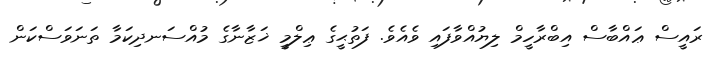
ރައީސް ޢައްބާސް އިބްރާހީމް ލިޔުއްވާފައި ވެއެވެ. ފަތުޙީގެ ޢިލްމީ ޚަޒާނާގެ މުއްސަނދިކަމާ ތަނަވަސްކަން